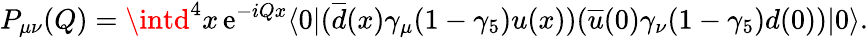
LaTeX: P_{\mu\nu}(Q)=\intd^{4}x\, \mathrm{e}^{-iQx}\langle0|(\overline{{{d}}}(x)\gamma_{\mu}(1-\gamma_{5})u(x))(\overline{{{u}}}(0)\gamma_{\nu}(1-\gamma_{5})d(0))|0\rangle.